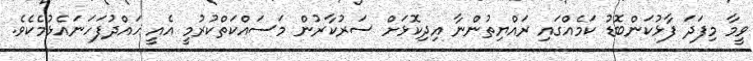
ވީމާ މިފަދަ ފާޅުކަންބޮޑު ކަމެއްގައި ރައްޔިތުންނާ އިދިކޮޅަށް ސަރުކާރުން މަސައްކަތްކުރުމީ އެއީ ހައްދުފަހަނައެޅުމެކެވެ.